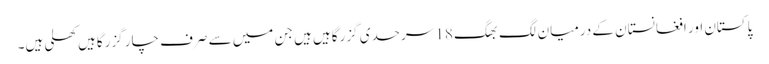
پاکستان اور افغانستان کے درمیان لگ بھگ 18 سرحدی گزرگاہیں ہیں جن میں سے صرف چار گزرگاہیں کھلی ہیں۔